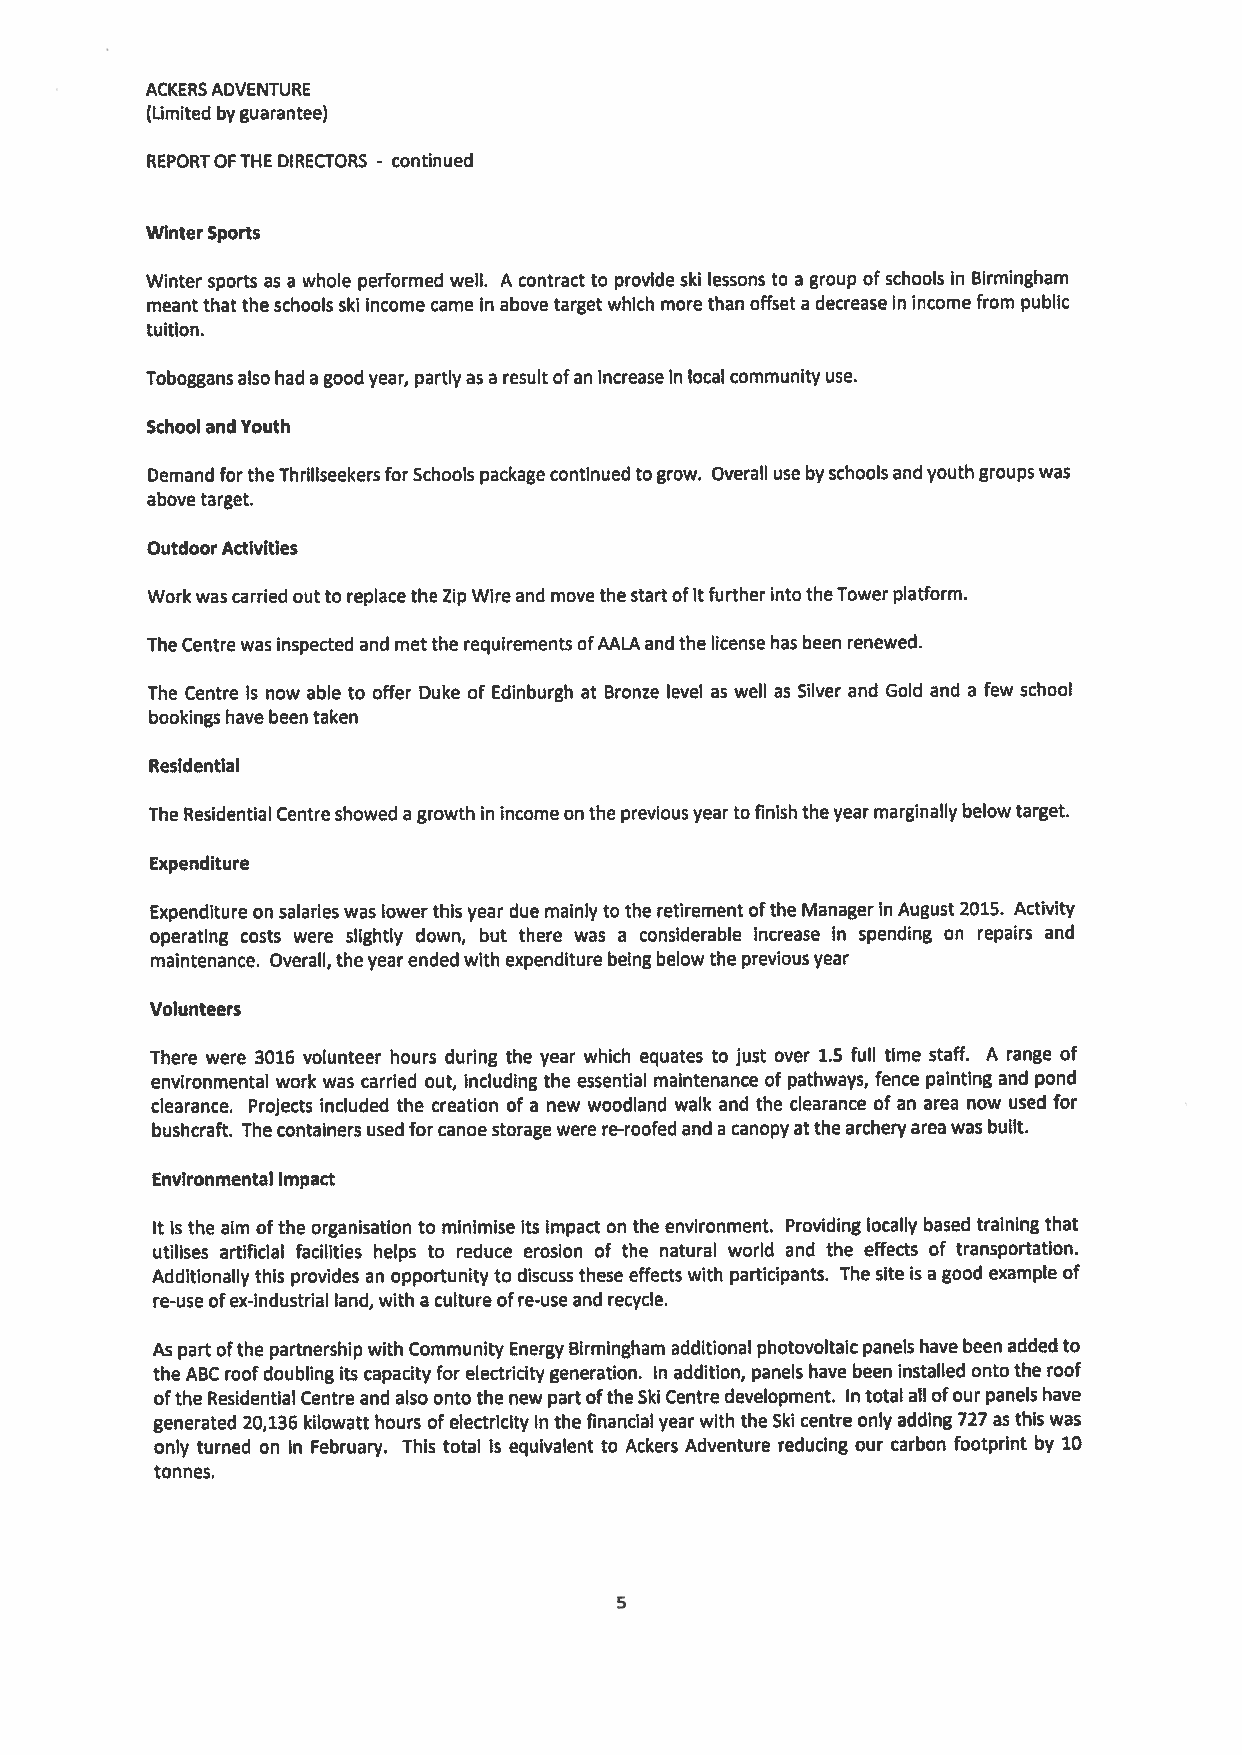
ACKERSADVENTURE
 (Limited byguarantee)
 REPORTOFTHE DIRECTORS continued
 -
 WinterSports
 Winter sports as a whole performed well. A contract to provide ski lessons to a group ofschools in Birmingham
 meantthat theschoolsski income came In above target which more than offset a decreasein income from public
 tuition.
 Toboggansalso had a good year, partlyas a resultofan increaseIn localcommunity use.
 School and Youth
 Demand for theThrillseekersforSchools packagecontinued togrow. Overall use byschoolsandyouthgroupswas
 abovetarget.
 OutdoorActivities
 Workwascarried outto replacethe ZipWireand movethestartofitfurtherinto theTowerplatform.
 TheCentrewasinspected and metthe requirementsofAALAandthe licensehas been renewed.
 The Centre is now able to offer Duke of Edinburgh at Bronze level as well as Silver and Gold and a few school
 bookings have been taken
 Residential
 The Residential Centreshowed a growth in incomeon the previousyeartofinishtheyearmarginallybelowtarget.
 Expenditure
 Expenditure on salarieswas lowerthis year due mainly to the retirementofthe Manager in August 2015. Activity
 operating costs were slightly down, but there was a considerable increase in spending on repairs and
 maintenance. Overall,theyearendedwith expenditurebeing belowthe previousyear
 Volunteers
 There were 3016 volunteer hours during the year which equates to just over 1.5 full time staff. A range of
 environmental work was carried out, including the essential maintenance of pathways, fence painting and pond
 clearance. Projects included the creation of a new woodland walk and the clearance of an area now used for
 bushcraft. Thecontainersusedforcanoestoragewere re-roofed and a canopyatthe archeryarea was built.
 Environmental Impact
 It is the aim ofthe organisation to minimise its impact on the environment. Providing locally based training that
 utilises artificial facilities helps to reduce erosion of the natural world and the effects of transportation.
 Additionally this provides an opportunity to discussthese effects with participants. The site is a good example of
 re-useofex-industrial land, with a culture ofre-useand recycle.
 As part ofthe partnership with Community Energy Birmingham additional photovoltaicpanels havebeenaddedto
 the ABC roofdoublingits capacity for electricity generation. In addition, panels have been installed ontothe roof
 ofthe Residential Centre and also ontothe new partoftheSki Centredevelopment. Intotal all ofour panels have
 generated 20,136 kilowatt hours ofelectricity in the financial yearwith the Ski centre only adding 727 as this was
 only turned on In February. This total is equivalent to Ackers Adventure reducing our carbon footprint by 10
 tonnes.
 5